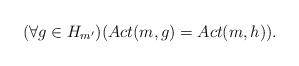
LaTeX: \begin{align*}(\forall g \in H_{m'})(Act(m,g) = Act(m,h)).\end{align*}